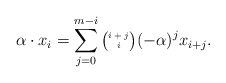
\begin{align*} \alpha \cdot x_i = \sum_{j=0}^{m-i}{\tiny\begin{pmatrix} i+j \\ i \end{pmatrix}} (-\alpha)^jx_{i+j}.\end{align*}